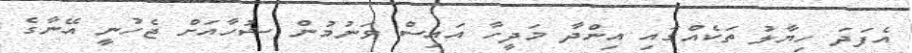
އެފަދަ ހިޔާލު ތަކެއްގައި އިންދާ މަދީހާ އައިސް ވަނުމުން ޝުހާއަށް ޖެހުނީ އޭނާގެ